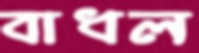
বাধল